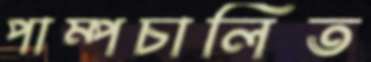
পাম্পচালিত